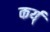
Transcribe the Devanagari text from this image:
कर्य्